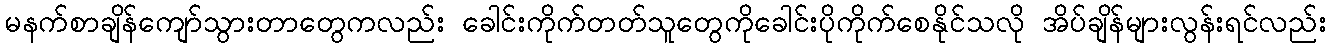
မနက်စာချိန်ကျော်သွားတာတွေကလည်း ခေါင်းကိုက်တတ်သူတွေကိုခေါင်းပိုကိုက်စေနိုင်သလို အိပ်ချိန်များလွန်းရင်လည်း